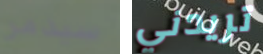
سيدمر تريدني